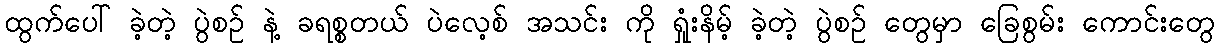
ထွက်ပေါ် ခဲ့တဲ့ ပွဲစဉ် နဲ့ ခရစ္စတယ် ပဲလေ့စ် အသင်း ကို ရှုံးနိမ့် ခဲ့တဲ့ ပွဲစဉ် တွေမှာ ခြေစွမ်း ကောင်းတွေ